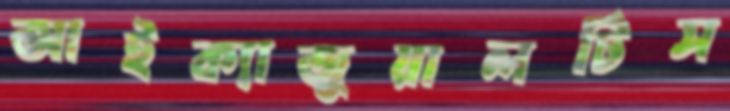
আইক্যাজুয়ালটিস